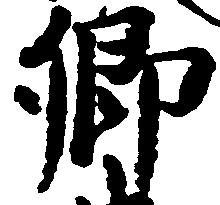
卿